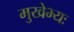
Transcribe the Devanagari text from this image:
मुखेभ्यः